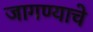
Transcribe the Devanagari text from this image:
जागण्याचे